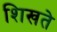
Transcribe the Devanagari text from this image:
शिखते